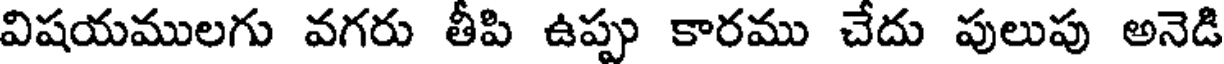
విషయములగు వగరు తీపి ఉప్పు కారము చేదు పులుపు అనెడి